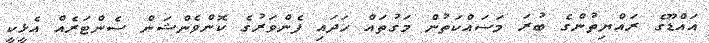
އައްޑޫގެ ރައްޔިތުންގެ ބުރަ މަސައްކަތުން މަގުތައް ހަދައި ފެންވަރުގެ ކޮންވެންޝަން ސެންޓަރެއް އެޅީކީ